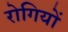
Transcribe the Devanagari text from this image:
राेगियों